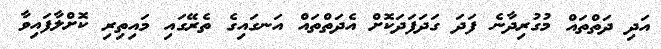
އަދި ދަތްތައް މުގުރިދާނެ ފަދަ ގަދަފަދަކޮށް އެދަތްތައް އަނގައިގެ ތެރޭގައި މައިތިރި ކޮށްލާފައިވާ